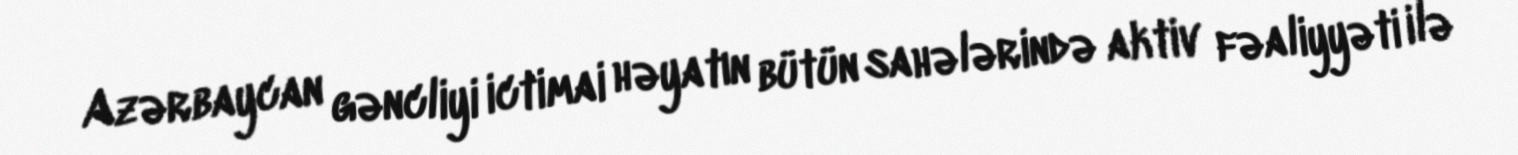
Azərbaycan gəncliyi ictimai həyatın bütün sahələrində aktiv fəaliyyəti ilə